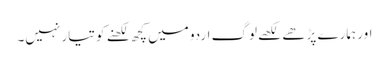
اور ہمارے پڑھے لکھے لوگ اردو میں کچھ لکھنے کو تیار نہیں۔